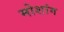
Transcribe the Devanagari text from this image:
मोशांग